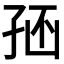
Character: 𡥢